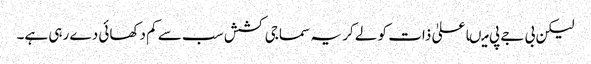
لیکن بی جے پی میںاعلیٰ ذات کو لے کر یہ سماجی کشش سب سے کم دکھائی دے رہی ہے۔